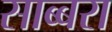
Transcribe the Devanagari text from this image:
साब्बरा